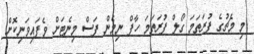
މި މެޗުގެ ފުރަތަމަ ގޯލް ފުރަތަމަ ހާފް ނިމެން ފަސް މިނެޓަށް ވެފައިވަނިކޮށް